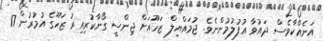
އަނެއްކާވެސް ދައުވާ އުފުލުމުންނެވެ. ޖުމައްޔިލް ޒަހޫއަށް ޖިންސީ ގޯނާކުރިއިރު ޒަހޫގެ އުމުރުން 17